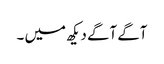
آگے آگے دیکھ میں ۔